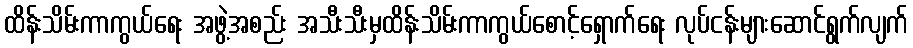
ထိန်းသိမ်းကာကွယ်ရေး အဖွဲ့အစည်း အသီးသီးမှထိန်းသိမ်းကာကွယ်စောင့်ရှောက်ရေး လုပ်ငန်းများဆောင်ရွက်လျက်